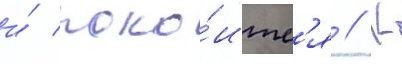
и́ поко́итс'я // К